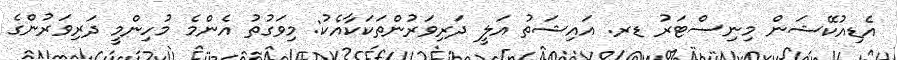
އެޑިއުކޭޝަން މިނިސްޓަރު ޑރ. އައިޝަތު އަލީ ދަރިވަރުންތަކަކާއެކު: މިވަގުތު އެންމެ މުހިންމީ ދަރިވަރުންގެ